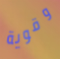
وقوية